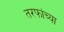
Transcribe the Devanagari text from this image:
तरफांच्या